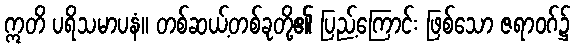
ဣတိ ပရိသမာပနံ။ တစ်ဆယ့်တစ်ခုတို့၏ ပြည့်ကြောင်း ဖြစ်သော ဇရာဝဂ်၌